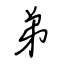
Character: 弟